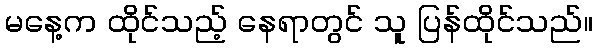
မနေ့က ထိုင်သည့် နေရာတွင် သူ ပြန်ထိုင်သည်။